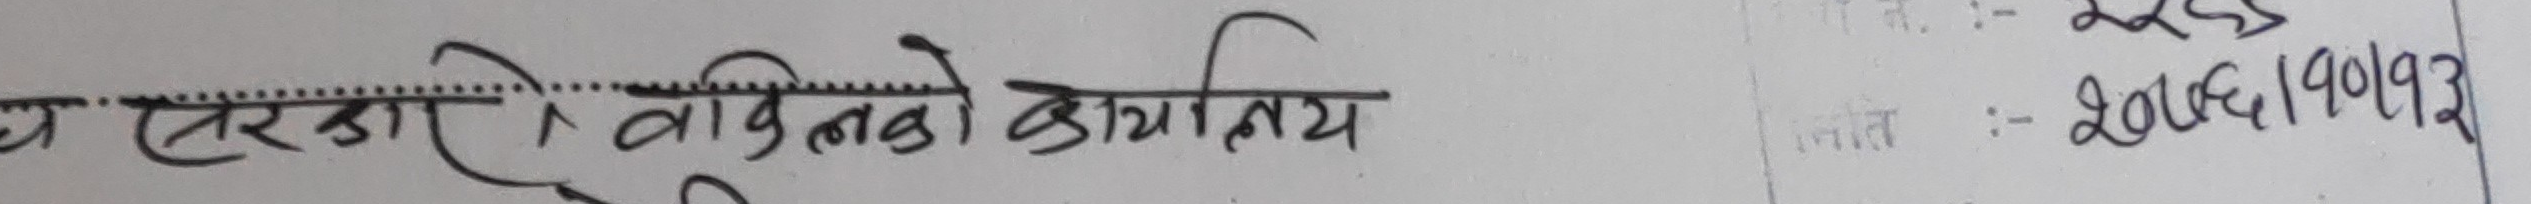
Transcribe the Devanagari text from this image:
उप तरबारो अधिवक्ताको कार्यालय
२२६६
२०७६/१०/१२